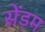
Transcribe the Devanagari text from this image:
सेंडम